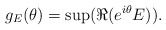
\begin{align*}g_E(\theta)=\sup (\Re(e^{i\theta}E)).\end{align*}